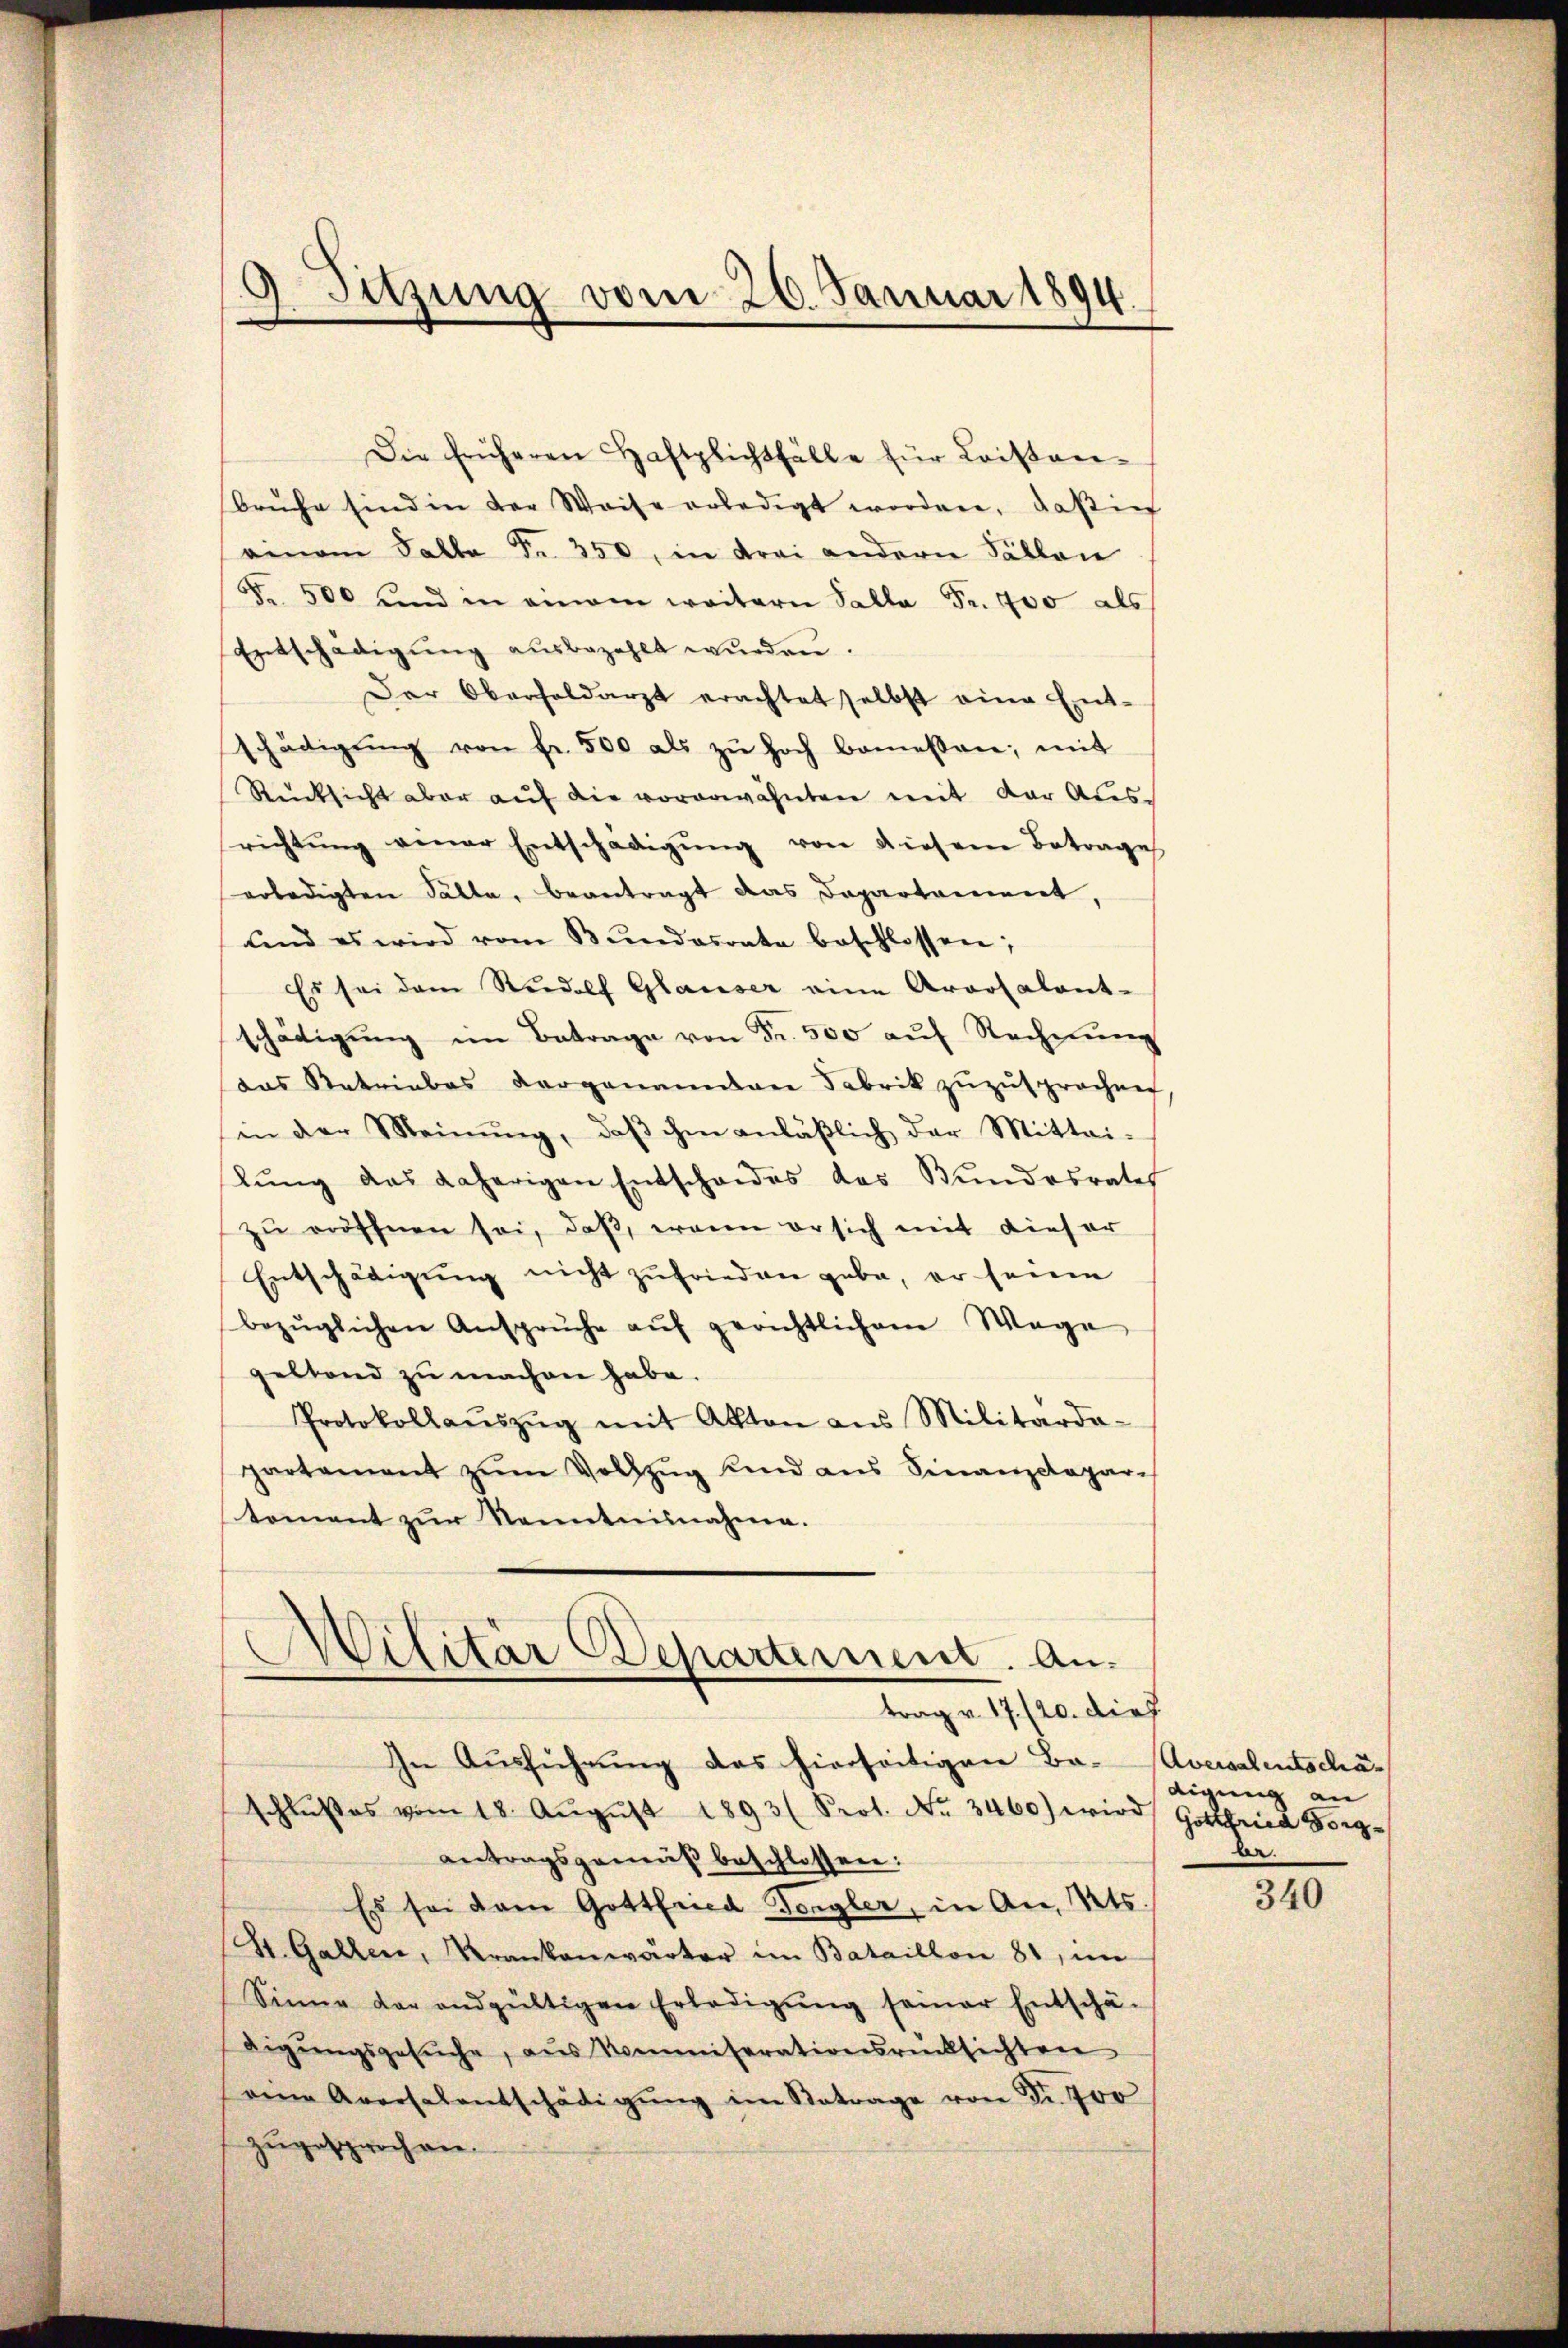
9 Sitzung vom 20. Januar 1894.

bruhe sind in der Weise erledigt worden, daß ich
einem Falla Fr. 350, in drei andern Fällen
5. 500 und in einem weitern Salla Fr. 400 als
Entschädigung ausbezahlt wurden.
Der Oberholdarzt erachtet selbst eine Ent-
schädigŭng von fr. 500 als zŭ hoch bemessen; mit
Rücksicht aber aŭf die vorerwähnten mit der Ausrichtŭng einer Entschädigŭng von diesem Betrages
erledigten Fälle, beantragt das Departement,
und es wird vom Bŭndesrate beschlossen;
Es sei dem Rudolf Glauser eine Araotalant-
schädigŭng im Betrage von Fr. 500 aŭf Rechnŭng
das Retriebes vorgenannten Fabrik zuzusprochen
in der Meinŭng, daβ ihm anläβlich der Mittei-
lŭng das daherigen Entschaides das Bundesrates
zu eröffnen sei, daß, wenn er sich mit dieser
Entschädigung nicht zufrieden gabe, er seine
bezüglichen Ansprŭche aŭf gerichtlichem Wage
geltend zu machen habe.
Protokollaŭszŭg mit Akten aus Militärda-
partament zŭm Vollzŭg und ans Finanzdepar-
toment zur Kenntnisnahme.
Militär Departernent. An
trag v. 17./20. dies
In Aŭsführŭng das hierseitigen Ba- Aversalentschäschlŭβes vom 18. Aŭgŭst 1893 (Prot. Nr. 3460) wird Gottfried Borg-
antragsgemäß beschlossen:
Es sei dann Gottfried Fengler, in An Mts.
St. Gallen, Krankenwärter im Bataillon 81, in
Sinne der andgültigen Erledigŭng seiner Entschä-
digŭngsgesŭche, aus Nommiserationsrücksichten
eine Aversalentschädigŭng im Betrage von Fr. 700
zugesprochen.

Die früheren Haftplichsfälle für Leisten-

digung an
be.

340